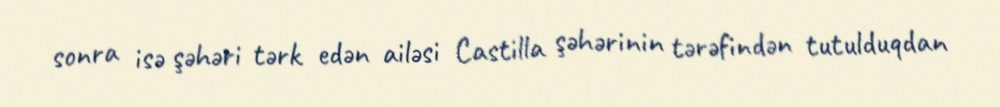
sonra isə şəhəri tərk edən ailəsi Castilla şəhərinin tərəfindən tutulduqdan